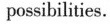
possihilities